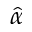
\hat { \alpha }